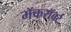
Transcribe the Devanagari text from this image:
मॅकरॉबर्ट